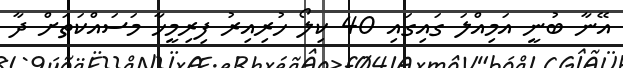
އޭނާ ބުނީ އަމިއްލަ ގައިގައި 40 ކިލޯ ހުރިއިރު ފިރިމީހާ މަސައްކަތަށް ދާ